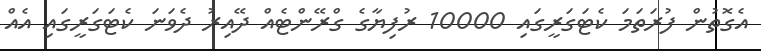
އެގޮތުން ފުރަތަމަ ކެޓަގަރީގައި 10000 ރުފިޔާގެ ގްރޭންޓެއް ދޭއިރު ދެވަނަ ކެޓަގަރީގައި އެއް